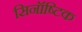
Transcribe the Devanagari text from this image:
सिनॉष्टिक